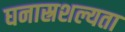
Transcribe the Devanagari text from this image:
घनास्रशल्यता